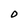
Character: D